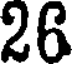
26